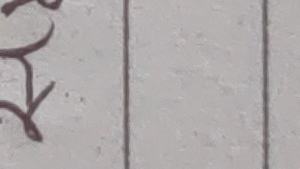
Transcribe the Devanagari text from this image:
ग|